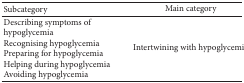
<table><thead><tr><td><b>Subcategory</b></td><td><b>Main category</b></td></tr></thead><tbody><tr><td>Describing symptoms of hypoglycemia Recognising hypoglycemiaPreparing for hypoglycemia Helping during hypoglycemiaAvoiding hypoglycemia</td><td>Intertwining with hypoglycemia</td></tr></tbody></table>